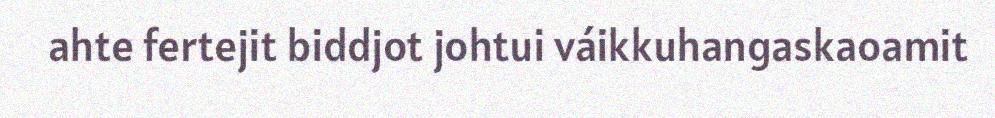
ahte fertejit biddjot johtui váikkuhangaskaoamit